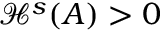
\mathcal { H } ^ { s } ( A ) > 0